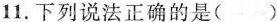
11.下列说法正确的是( )